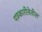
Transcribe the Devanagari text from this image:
पत्रकारीतेतील